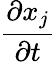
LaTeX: \frac{\partial x_{j}}{\partial t}